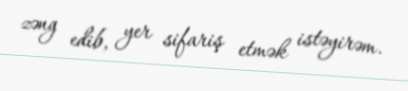
zəng edib, yer sifariş etmək istəyirəm.